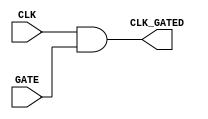
module clock_gating_cell (
    input wire CLK,      // Primary clock signal
    input wire GATE,     // Gating signal
    output wire CLK_GATED // Gated clock output
);
    // Clock Gating Logic
    assign CLK_GATED = CLK & GATE; // CLK_GATED is high only when GATE is high
endmodule